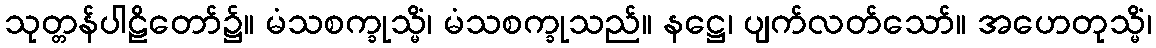
သုတ္တန်ပါဠိတော်၌။ မံသစက္ခုသ္မိံ၊ မံသစက္ခုသည်။ နဋ္ဌေ၊ ပျက်လတ်သော်။ အဟေတုသ္မိံ၊